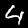
Label: 4